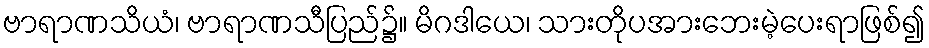
ဗာရာဏသိယံ၊ ဗာရာဏသီပြည်၌။ မိဂဒါယေ၊ သားတိုပအားဘေးမဲ့ပေးရာဖြစ်၍